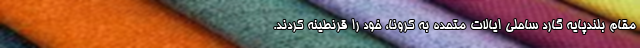
مقام بلندپایه گارد ساحلی ایالات متحده به کرونا، خود را قرنطینه کردند.